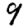
Digit: 9